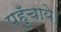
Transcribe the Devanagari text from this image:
पहुँचाये।